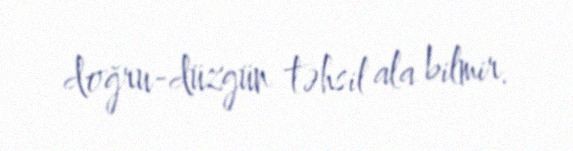
doğru-düzgün təhsil ala bilmir.